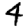
Digit: 4